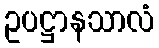
ဥပဋ္ဌာနသာလံ